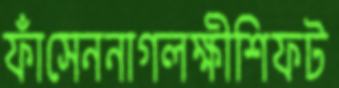
ফাঁসেননাগলক্ষীশিফট